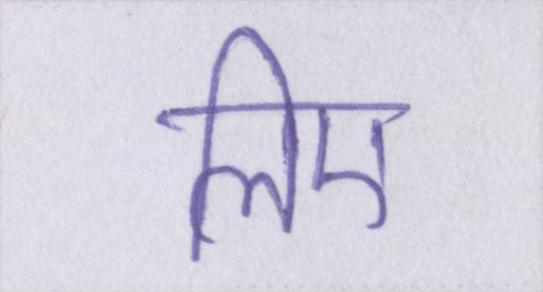
लिए